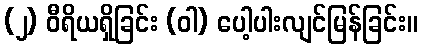
(၂) ဝီရိယရှိခြင်း (ဝါ) ပေါ့ပါးလျင်မြန်ခြင်း။